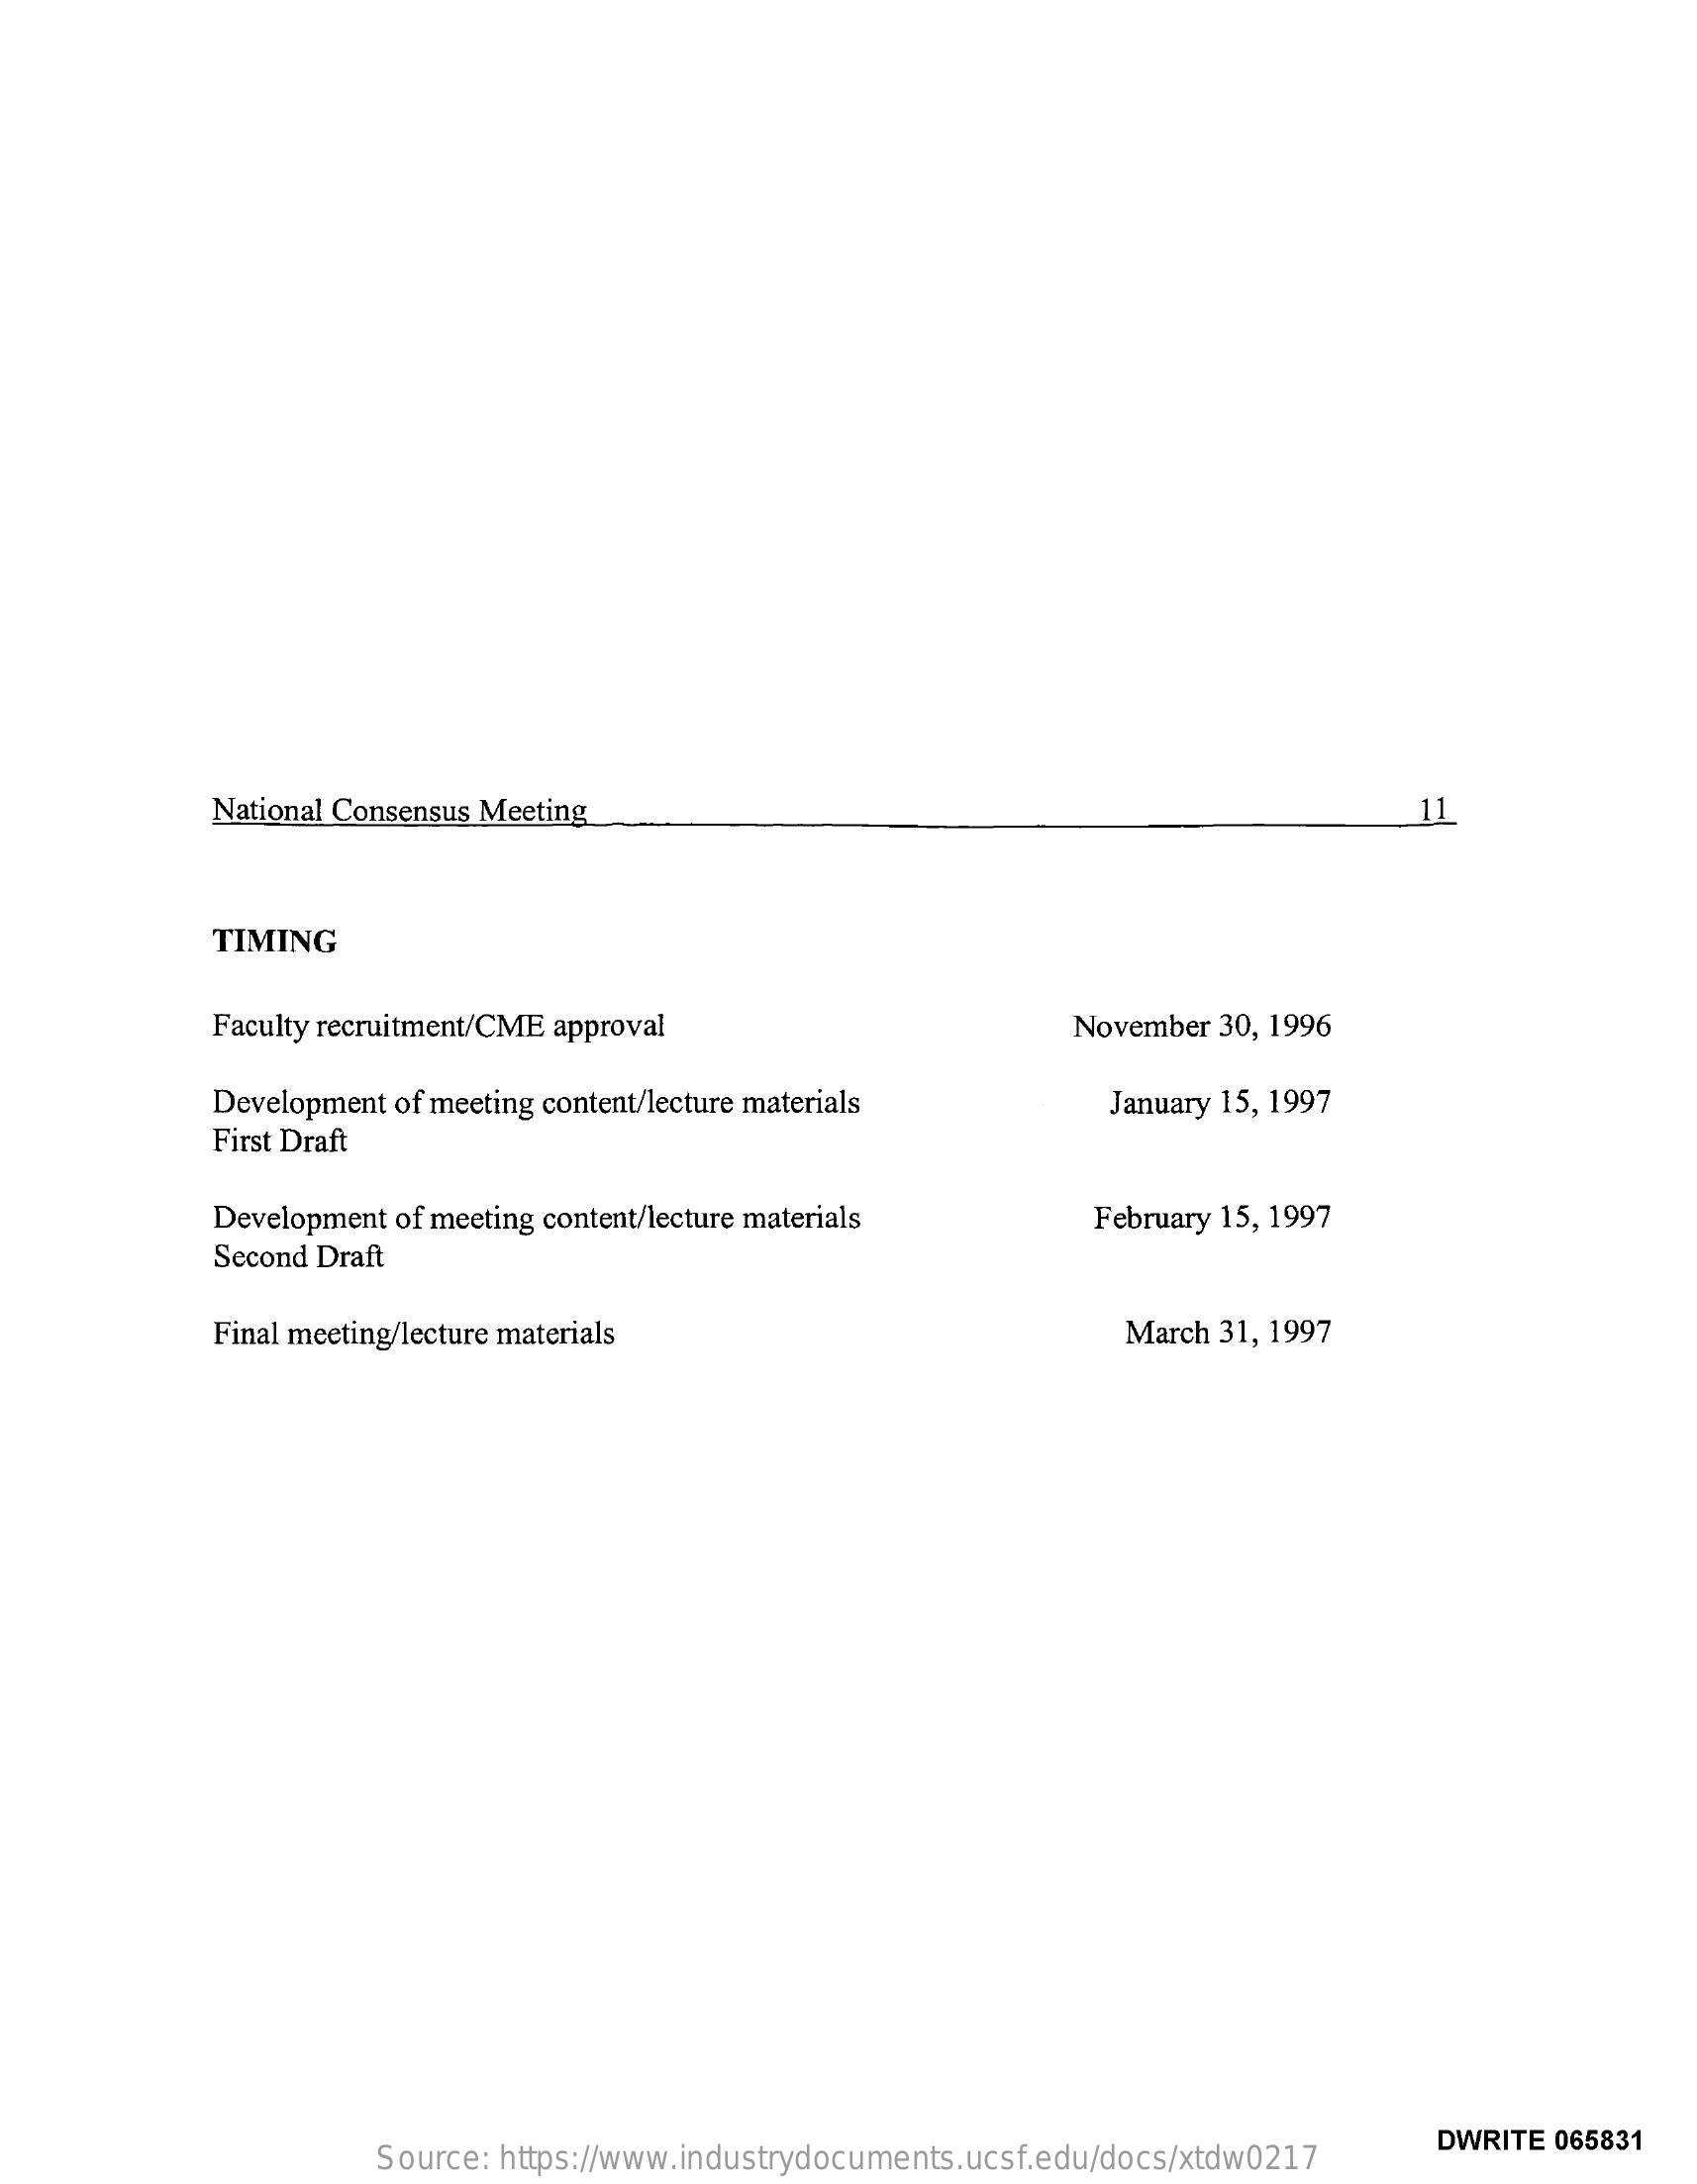
National Consensus Meeting    11
     TIMING
     Faculty recruitment/CME approval    November  30, 1996
     Development of meeting content/lecture materials    January 15, 1997
     First Draft
     Development of meeting content/lecture materials    February 15, 1997
     Second Draft
     Final meeting/lecture materials    March 31, 1997
     Source: https://www.industrydocuments.ucsf.edu/docs/xtdw0217
     DWRITE  065831